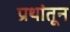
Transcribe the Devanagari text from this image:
प्रथांतून